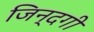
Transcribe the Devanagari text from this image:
जिन्‍दगी